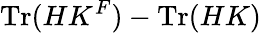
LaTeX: \mathrm{Tr}(HK^{F})-\mathrm{Tr}(HK)